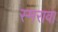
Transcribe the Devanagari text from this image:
स्मरावा